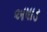
અષાડ